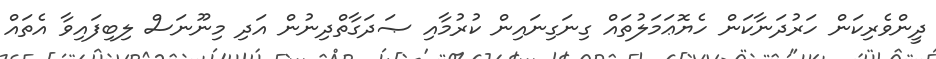
ދީންވެރިކަން ހަރުދަނާކަން ހެޔޮޢަމަލުތައް ގިނަގިނައިން ކުރުމާއި ޞަދަގާތްދިނުން އަދި މިނޫނަސް ލިބިފައިވާ އެތައް